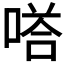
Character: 𭉙